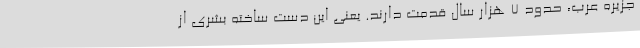
جزیره عرب، حدود 7 هزار سال قدمت دارند. یعنی این دست ساخته بشری از